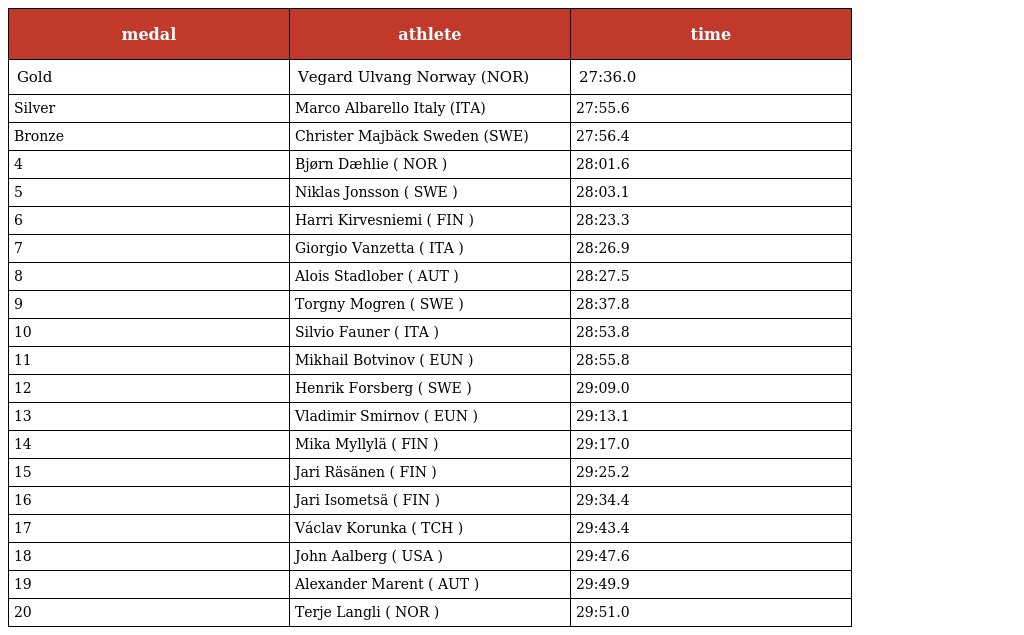
| medal | athlete | time |
 | --- | --- | --- |
 | Gold | Vegard Ulvang Norway (NOR) | 27:36.0 |
 | Silver | Marco Albarello Italy (ITA) | 27:55.6 |
 | Bronze | Christer Majbäck Sweden (SWE) | 27:56.4 |
 | 4 | Bjørn Dæhlie ( NOR ) | 28:01.6 |
 | 5 | Niklas Jonsson ( SWE ) | 28:03.1 |
 | 6 | Harri Kirvesniemi ( FIN ) | 28:23.3 |
 | 7 | Giorgio Vanzetta ( ITA ) | 28:26.9 |
 | 8 | Alois Stadlober ( AUT ) | 28:27.5 |
 | 9 | Torgny Mogren ( SWE ) | 28:37.8 |
 | 10 | Silvio Fauner ( ITA ) | 28:53.8 |
 | 11 | Mikhail Botvinov ( EUN ) | 28:55.8 |
 | 12 | Henrik Forsberg ( SWE ) | 29:09.0 |
 | 13 | Vladimir Smirnov ( EUN ) | 29:13.1 |
 | 14 | Mika Myllylä ( FIN ) | 29:17.0 |
 | 15 | Jari Räsänen ( FIN ) | 29:25.2 |
 | 16 | Jari Isometsä ( FIN ) | 29:34.4 |
 | 17 | Václav Korunka ( TCH ) | 29:43.4 |
 | 18 | John Aalberg ( USA ) | 29:47.6 |
 | 19 | Alexander Marent ( AUT ) | 29:49.9 |
 | 20 | Terje Langli ( NOR ) | 29:51.0 |